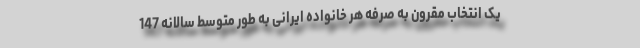
یک انتخاب مقرون به صرفه هر خانواده ایرانی به طور متوسط سالانه 147